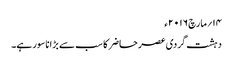
۱۴؍مارچ ۲۰۱۶ء
دہشت گردی عصر حاضر کا سب سے بڑا ناسور ہے۔